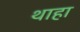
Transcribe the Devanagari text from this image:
थाहा